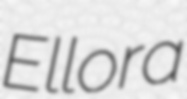
Ellora